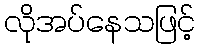
လိုအပ်နေသဖြင့်